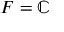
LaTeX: F = \mathbb { C }